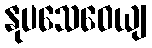
နုပသေဝေယျ